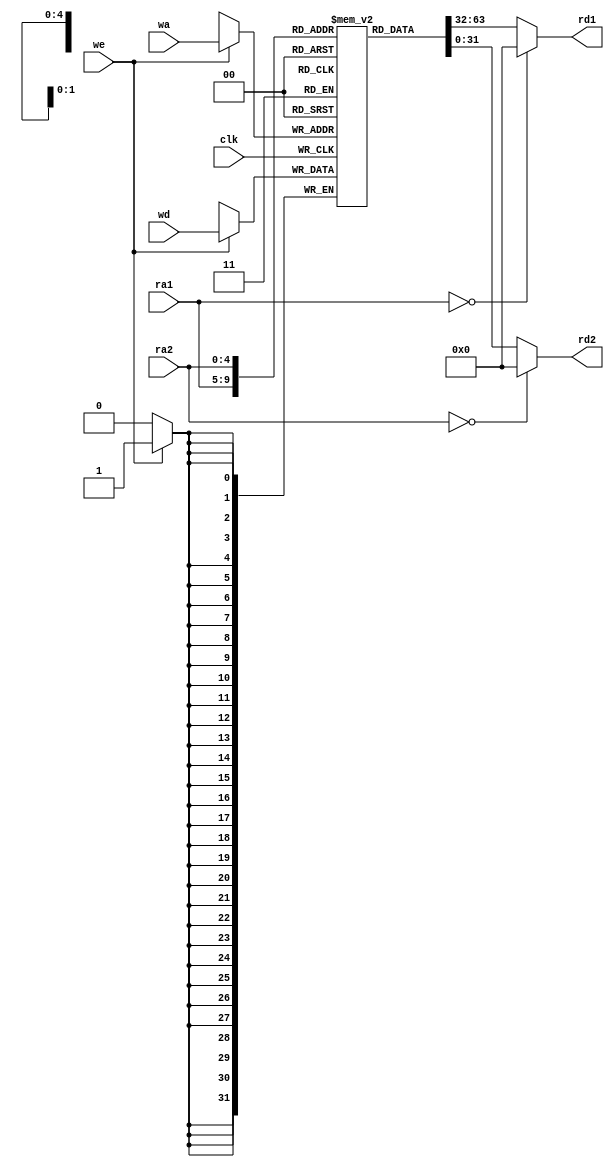
// MIT License
// -----------
// 
// Copyright (c) 2023 Watson Huang (watson.edx@gmail.com)
// Permission is hereby granted, free of charge, to any person
// obtaining a copy of this software and associated documentation
// files (the "Software"), to deal in the Software without
// restriction, including without limitation the rights to use,
// copy, modify, merge, publish, distribute, sublicense, and/or sell
// copies of the Software, and to permit persons to whom the
// Software is furnished to do so, subject to the following
// conditions:
// 
// The above copyright notice and this permission notice shall be
// included in all copies or substantial portions of the Software.
// 
// THE SOFTWARE IS PROVIDED "AS IS", WITHOUT WARRANTY OF ANY KIND,
// EXPRESS OR IMPLIED, INCLUDING BUT NOT LIMITED TO THE WARRANTIES
// OF MERCHANTABILITY, FITNESS FOR A PARTICULAR PURPOSE AND
// NONINFRINGEMENT. IN NO EVENT SHALL THE AUTHORS OR COPYRIGHT
// HOLDERS BE LIABLE FOR ANY CLAIM, DAMAGES OR OTHER LIABILITY,
// WHETHER IN AN ACTION OF CONTRACT, TORT OR OTHERWISE, ARISING
// FROM, OUT OF OR IN CONNECTION WITH THE SOFTWARE OR THE USE OR
// OTHER DEALINGS IN THE SOFTWARE.
// -----------
// SPDX-License-Identifier: MIT

module rv151_rgf (
    input clk,
    input we,
    input [4:0] ra1, ra2, wa,
    input [31:0] wd,
    output [31:0] rd1, rd2
);
    parameter DEPTH = 32;
    reg [31:0] mem [0:31];

    assign rd1 = (ra1==5'h0) ? 32'h0 : mem[ra1];
    assign rd2 = (ra2==5'h0) ? 32'h0 : mem[ra2];

    always@(posedge clk) begin
        if(we)
            mem[wa] <= wd;
    end

endmodule